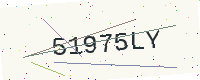
Text: 51975LY